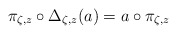
\begin{align*}\pi_{\zeta,z} \circ \Delta_{\zeta,z}(a) = a \circ \pi_{\zeta,z}\end{align*}